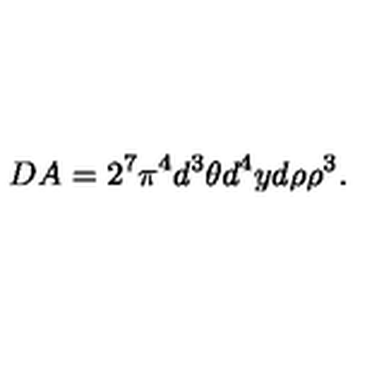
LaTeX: D A = 2 ^ { 7 } \pi ^ { 4 } d ^ { 3 } \theta d ^ { 4 } y d \rho \rho ^ { 3 } .